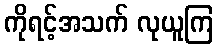
ကိုရင့်အသက် လုယူကြ